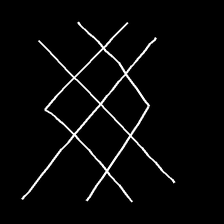
Glyph: crystal